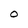
Character: O